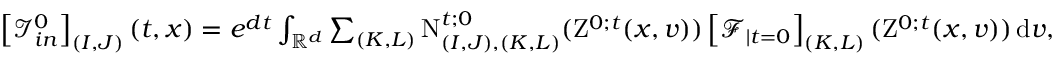
\begin{array} { r } { \left[ \mathcal { I } _ { i n } ^ { 0 } \right] _ { ( I , J ) } ( t , x ) = e ^ { d t } \int _ { \mathbb R ^ { d } } \sum _ { ( K , L ) } \mathrm { N } _ { ( I , J ) , ( K , L ) } ^ { t ; 0 } ( \mathrm { Z } ^ { 0 ; t } ( x , v ) ) \left[ \mathcal { F } _ { \mid t = 0 } \right] _ { ( K , L ) } ( \mathrm { Z } ^ { 0 ; t } ( x , v ) ) \, \mathrm { d } v , } \end{array}